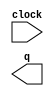
// megafunction wizard: %LPM_COUNTER%VBB%
// GENERATION: STANDARD
// VERSION: WM1.0
// MODULE: lpm_counter 

// ============================================================
// Megafunction Name(s):
// 			lpm_counter
//
// Simulation Library Files(s):
// 			lpm
// ============================================================
// ************************************************************
// THIS IS A WIZARD-GENERATED FILE. DO NOT EDIT THIS FILE!
//
// 9.0 Build 184 04/29/2009 SP 1 SJ Web Edition
// ************************************************************

//Copyright (C) 1991-2009 Altera Corporation
//Your use of Altera Corporation's design tools, logic functions 
//and other software and tools, and its AMPP partner logic 
//functions, and any output files from any of the foregoing 
//(including device programming or simulation files), and any 
//associated documentation or information are expressly subject 
//to the terms and conditions of the Altera Program License 
//Subscription Agreement, Altera MegaCore Function License 
//Agreement, or other applicable license agreement, including, 
//without limitation, that your use is for the sole purpose of 
//programming logic devices manufactured by Altera and sold by 
//Altera or its authorized distributors.  Please refer to the 
//applicable agreement for further details.

module lpm_counter0 (
	clock,
	q);

	input	  clock;
	output	[5:0]  q;

endmodule

// ============================================================
// CNX file retrieval info
// ============================================================
// Retrieval info: PRIVATE: ACLR NUMERIC "0"
// Retrieval info: PRIVATE: ALOAD NUMERIC "0"
// Retrieval info: PRIVATE: ASET NUMERIC "0"
// Retrieval info: PRIVATE: ASET_ALL1 NUMERIC "1"
// Retrieval info: PRIVATE: CLK_EN NUMERIC "0"
// Retrieval info: PRIVATE: CNT_EN NUMERIC "0"
// Retrieval info: PRIVATE: CarryIn NUMERIC "0"
// Retrieval info: PRIVATE: CarryOut NUMERIC "0"
// Retrieval info: PRIVATE: Direction NUMERIC "0"
// Retrieval info: PRIVATE: INTENDED_DEVICE_FAMILY STRING "FLEX10KE"
// Retrieval info: PRIVATE: ModulusCounter NUMERIC "0"
// Retrieval info: PRIVATE: ModulusValue NUMERIC "0"
// Retrieval info: PRIVATE: SCLR NUMERIC "0"
// Retrieval info: PRIVATE: SLOAD NUMERIC "0"
// Retrieval info: PRIVATE: SSET NUMERIC "0"
// Retrieval info: PRIVATE: SSET_ALL1 NUMERIC "1"
// Retrieval info: PRIVATE: SYNTH_WRAPPER_GEN_POSTFIX STRING "0"
// Retrieval info: PRIVATE: nBit NUMERIC "6"
// Retrieval info: CONSTANT: LPM_DIRECTION STRING "UP"
// Retrieval info: CONSTANT: LPM_PORT_UPDOWN STRING "PORT_UNUSED"
// Retrieval info: CONSTANT: LPM_TYPE STRING "LPM_COUNTER"
// Retrieval info: CONSTANT: LPM_WIDTH NUMERIC "6"
// Retrieval info: USED_PORT: clock 0 0 0 0 INPUT NODEFVAL clock
// Retrieval info: USED_PORT: q 0 0 6 0 OUTPUT NODEFVAL q[5..0]
// Retrieval info: CONNECT: @clock 0 0 0 0 clock 0 0 0 0
// Retrieval info: CONNECT: q 0 0 6 0 @q 0 0 6 0
// Retrieval info: LIBRARY: lpm lpm.lpm_components.all
// Retrieval info: GEN_FILE: TYPE_NORMAL lpm_counter0.v TRUE
// Retrieval info: GEN_FILE: TYPE_NORMAL lpm_counter0.inc FALSE
// Retrieval info: GEN_FILE: TYPE_NORMAL lpm_counter0.cmp TRUE
// Retrieval info: GEN_FILE: TYPE_NORMAL lpm_counter0.bsf TRUE FALSE
// Retrieval info: GEN_FILE: TYPE_NORMAL lpm_counter0_inst.v FALSE
// Retrieval info: GEN_FILE: TYPE_NORMAL lpm_counter0_bb.v TRUE
// Retrieval info: GEN_FILE: TYPE_NORMAL lpm_counter0_waveforms.html TRUE
// Retrieval info: GEN_FILE: TYPE_NORMAL lpm_counter0_wave*.jpg FALSE
// Retrieval info: LIB_FILE: lpm